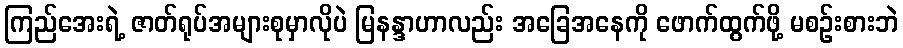
ကြည်အေးရဲ့ ဇာတ်ရုပ်အများစုမှာလိုပဲ မြနန္ဒာဟာလည်း အခြေအနေကို ဖောက်ထွက်ဖို့ မစဉ်းစားဘဲ